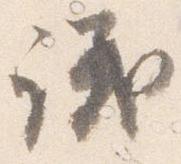
議